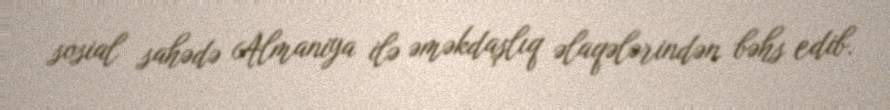
sosial sahədə Almaniya ilə əməkdaşlıq əlaqələrindən bəhs edib.